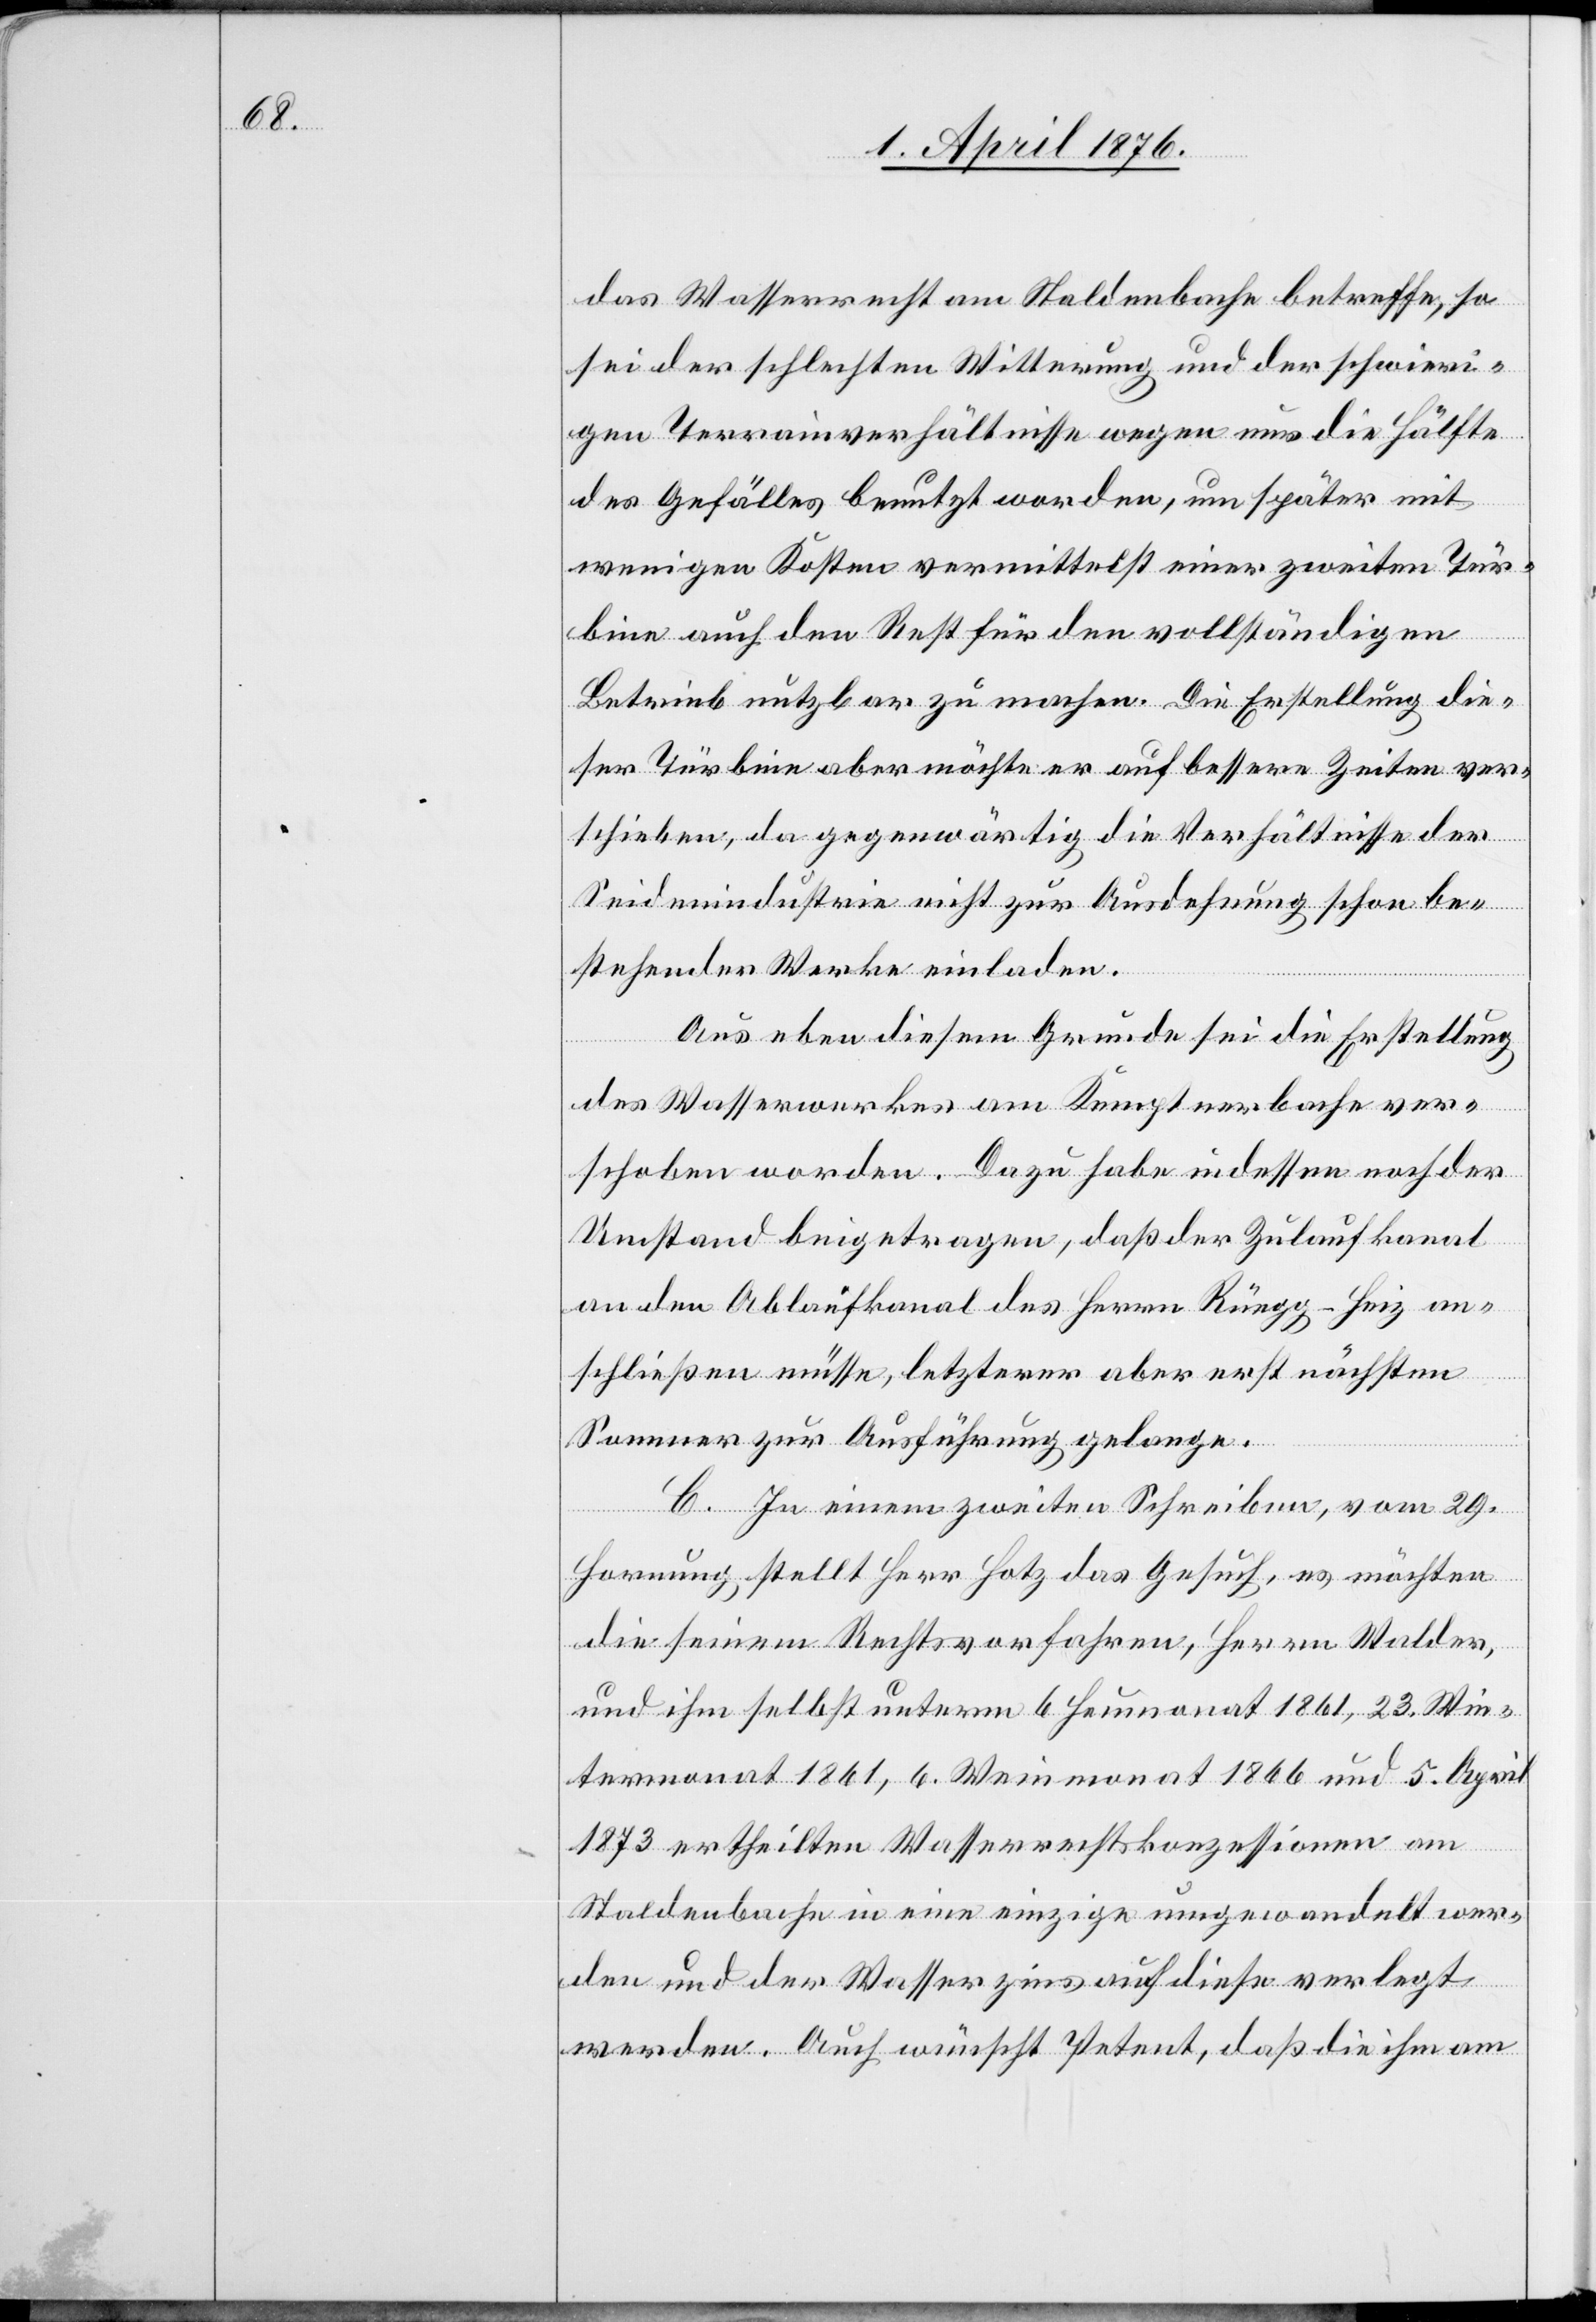
das Wasserrecht am Staldenbache betreffe, so
sei der schlechten Witterung und der schwieri¬
gen Terrainverhältnisse wegen nur die Hälfte
des Gefälles benutzt worden, um später mit
weniger Kosten vermittelst einer zweiten Tur¬
pril
bine auch den Rest für den vollständigen
Betrieb nutzbar zu machen. Die Erstellung die¬
ser Türbine aber möchte er auf bessere Zeiten ver¬
schieben, da gegenwärtig die Verhältnisse der
Seidenindustrie nicht zu Ausdehnung schon be¬
stehender Werke einladen.
Aus eben diesem Grunde sei die Erstellung
des Wasserwerkes am Kemptnerbache ver¬
schoben worden. Dazu habe indessen noch der
Umstand beigetragen, das der Zulaufkanal
an den Ablaufkanal des Herrn Rüegg-Heiz an¬
schließen müsse, letzterer aber erst nächsten
Sommer zur Ausführung gelange.
C. In einem zweiten Schreiben, vom 29.
Hornung, stellt Herr Hotz das Gesuch, es möchten
die seinem Rechtsvorfahren, Herrn Walder,
und ihm selbst unterm 6. Heumonat 1861 und 5. A¬
1873 ertheilten Wasserrechtskonzessionen am
Staldenbache in eine einzige umgewandelt wer¬
den und der Wasserzins auf diese verlegt
werden. Auch wünscht Petent, daß die ihm am